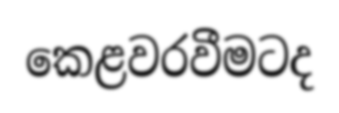
කෙළවරවීමටද